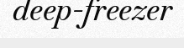
deep-freezer